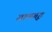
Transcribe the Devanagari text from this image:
ग्रामगृह